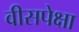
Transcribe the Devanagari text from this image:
वीसपेक्षा